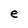
Character: e